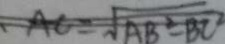
A C = \sqrt { A B ^ { 2 } - B C ^ { 2 } }